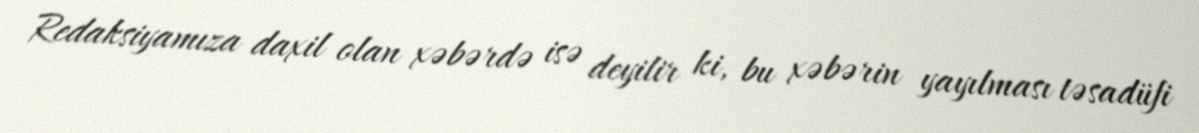
Redaksiyamıza daxil olan xəbərdə isə deyilir ki, bu xəbərin yayılması təsadüfi